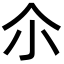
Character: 尒